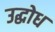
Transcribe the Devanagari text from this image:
उद्घोध